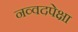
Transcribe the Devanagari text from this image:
नव्वदपेक्षा